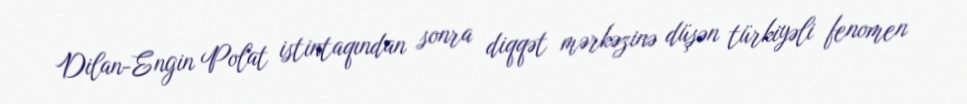
Dilan-Engin Polat istintaqından sonra diqqət mərkəzinə düşən türkiyəli fenomen